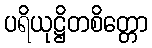
ပရိယုဋ္ဌိတစိတ္တော